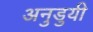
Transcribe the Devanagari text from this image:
अनुडुयी